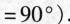
=90°).